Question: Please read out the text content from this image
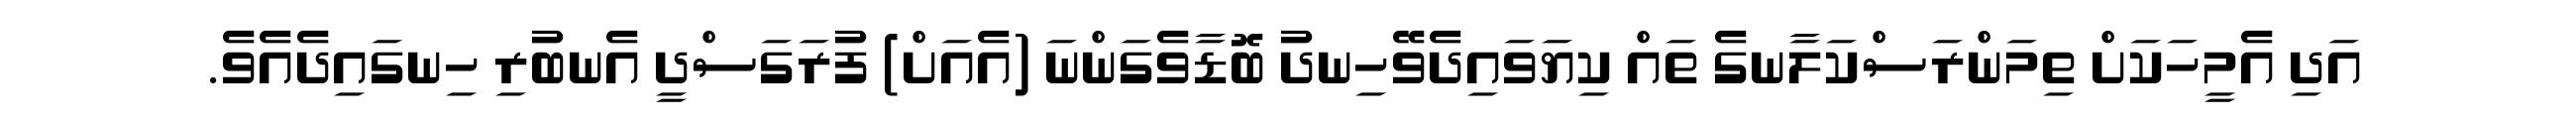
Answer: އަދި އެމީހަކަށް ތިމަންރަސްކަލާނގެ ތައް ކިޔަވައިދެވޭހިނދު ބޮޑާވެގަންނަ (އެއަށް) ފުރަގަސްދީ އެނބުރި ހިނގައިދެއެވެ.